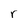
Character: r